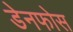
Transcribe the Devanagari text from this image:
डेनफोस